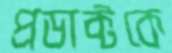
প্রডাক্টকে